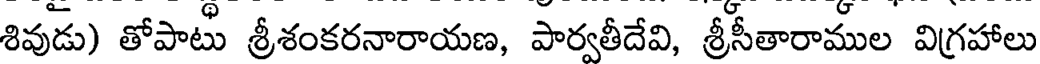
శివుడు) తోపాటు శ్రీశంకరనారాయణ, పార్వతీదేవి, శ్రీసీతారాముల విగ్రహాలు